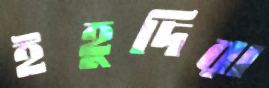
ইহুদিরা